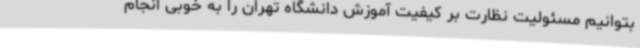
بتوانیم مسئولیت نظارت بر کیفیت آموزش دانشگاه تهران را به خوبی انجام